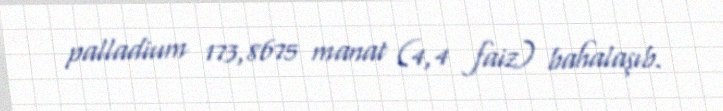
palladium 173,8675 manat (4,4 faiz) bahalaşıb.